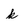
Character: k